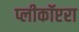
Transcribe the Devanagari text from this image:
प्लीकॉप्टरा